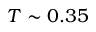
T \sim 0 . 3 5